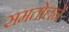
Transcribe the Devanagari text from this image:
समतोलने